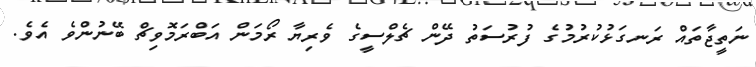
ނަތީޖާތައް ރަނގަޅުކުރުމުގެ ފުރުސަތު ދޭން ޗެލްސީގެ ވެރިޔާ ރޯމަން އަބްރަމޮވިޗް ބޭނުންވެ އެވެ.